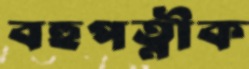
বহুপত্নীক